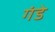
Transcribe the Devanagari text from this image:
गंडे